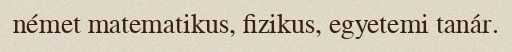
német matematikus, fizikus, egyetemi tanár.